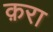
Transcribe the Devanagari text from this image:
क़रा